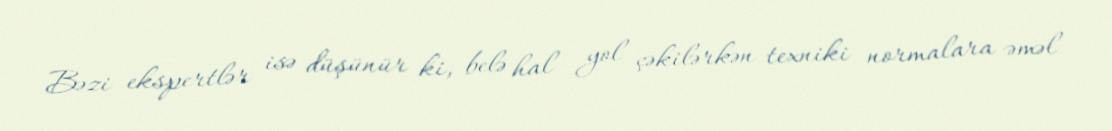
Bəzi ekspertlər isə düşünür ki, belə hal yol çəkilərkən texniki normalara əməl